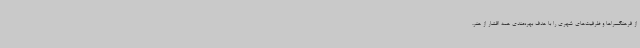
از فرهنگسراها و ظرفیت‌های شهری را با هدف بهره‌مندی همه اقشار از هنر،